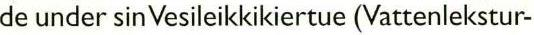
de under sin Vesileikkikiertue (Vattenlekstur-